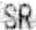
SR